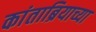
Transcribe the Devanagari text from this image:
कांताब्रियाच्या